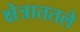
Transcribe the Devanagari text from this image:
क्षेत्राततले